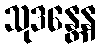
သုဒန္တေန